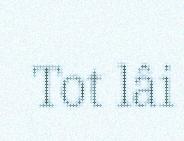
Tot lâi